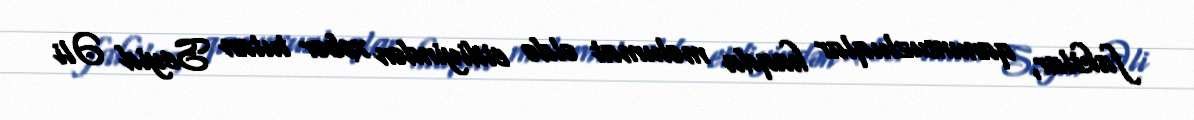
faktlar, qanunsuzluqlar haqda məlumat əldə etdiyindən xəbər tutan Seyid Əli